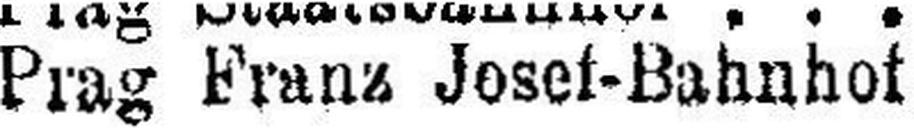
Prag Franz Josef-Bahnhof